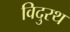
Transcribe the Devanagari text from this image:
विदुरथ